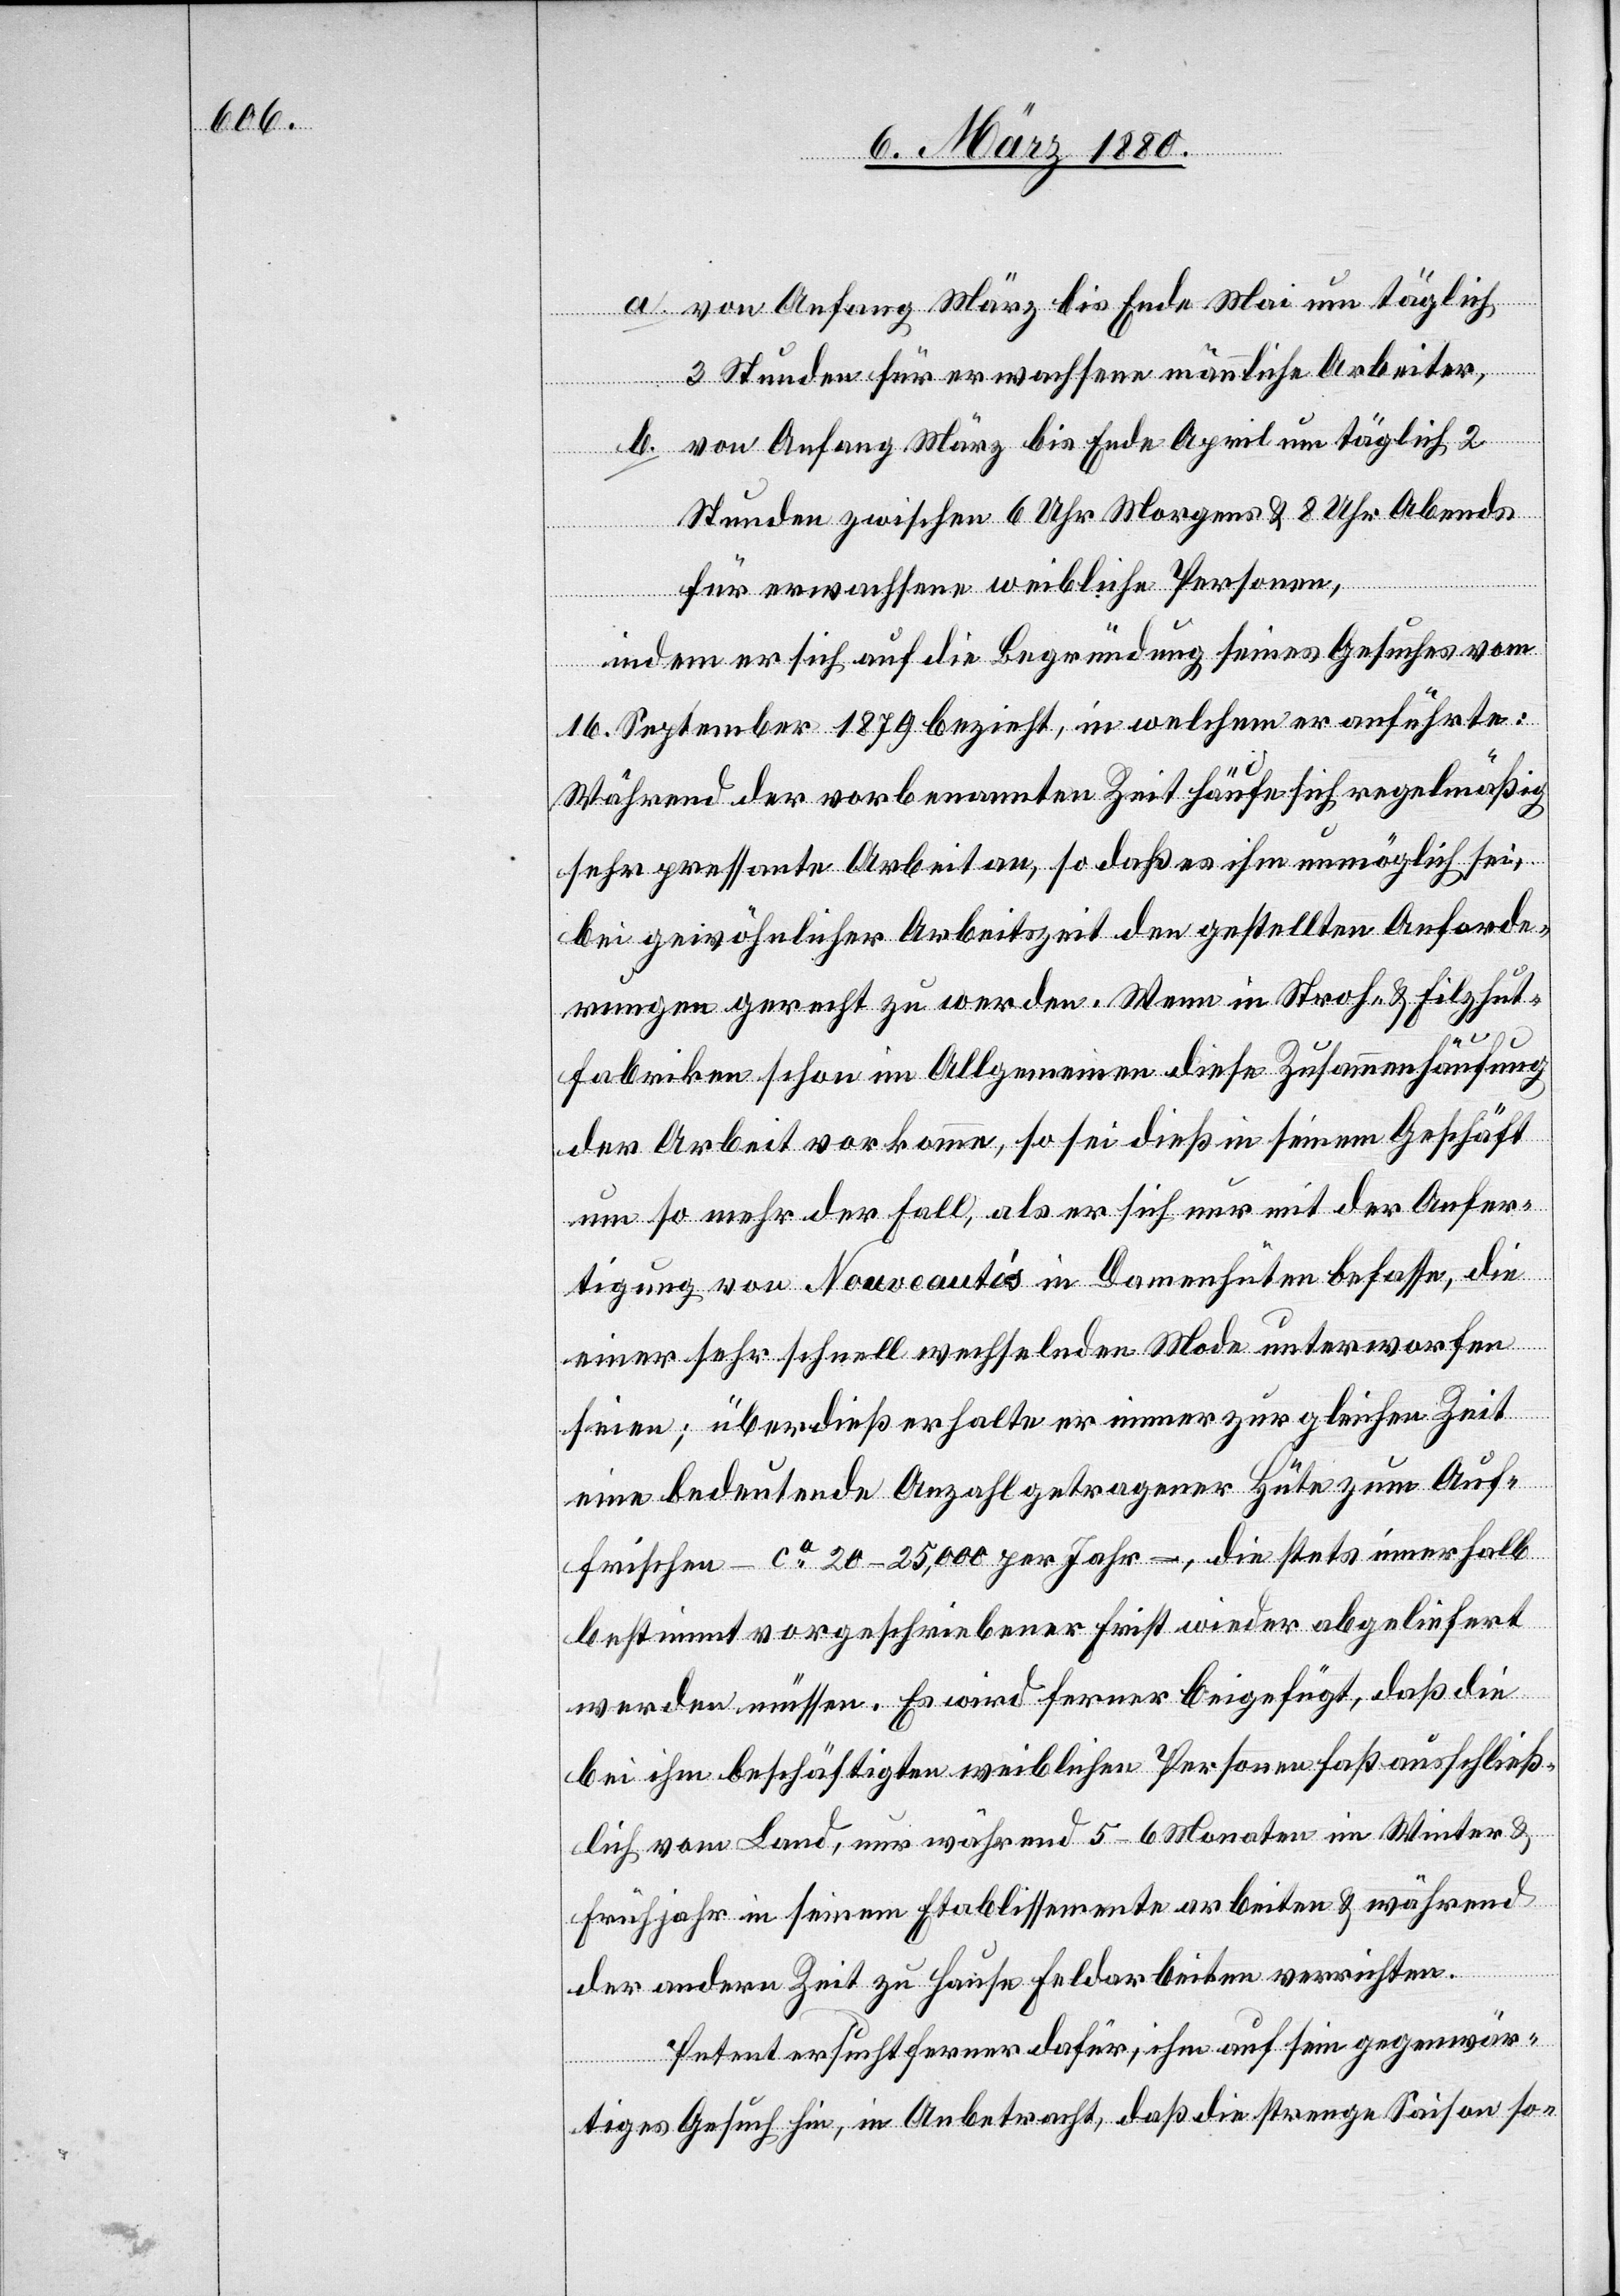
a. von Anfang März bis Ende Mai um täglich
3 Stunden für erwachsene männliche Arbeiter,
b. von Anfang März bis Ende April um täglich 2
Stunden zwischen 6 Uhr Morgens & 8 Uhr Abends
für erwachsene weibliche Personen,
indem er sich auf die Begründung seines Gesuches vom
16. September 1879 bezieht, in welchem er anführte:
Während der vorbenannten Zeit häufe sich regelmäßig
sehr pressante Arbeit an, so daß es ihm unmöglich sei,
bei gewöhnlicher Arbeitszeit den gestellten Anforde¬
rungen gerecht zu werden. Wenn in Stroh- & Filzhut¬
fabriken schon im Allgemeinen diese Zusammenhäufung
der Arbeit vorkomme, so sei dieß in seinem Geschäft
um so mehr der Fall, als er sich nur mit der Anfer¬
tigung von Nouveautés in Damenhüten befasse, die
einer sehr schnell wechselnden Mode unterworfen
seien; überdieß erhalte er immer zur gleichen Zeit
eine bedeutende Anzahl getragener Hüte zum Auf¬
frischen – ca 20–25, 000 per Jahr –, die stets innerhalb
bestimmt vorgeschriebener Frist wieder abgeliefert
werden müssen. Es wird ferner beigefügt, daß die
bei ihm beschäftigten weiblichen Personen fast ausschließ¬
lich vom Land, nur während 5–6 Monaten im Winter &
Frühjahr in seinem Etablissemente arbeiten & während
der andern Zeit zu Hause Feldarbeiten verrichten.
Petent ersucht ferner dafür, ihm auf sein gegenwär¬
tiges Gesuch hin, in Anbetracht, daß die strenge Saison so-